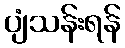
ပျံသန်းရန်